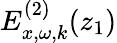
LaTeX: E_{x,\omega,k}^{(2)}(z_{1})